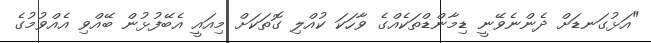
"އަޅުގަނޑަށް ދެންނެވޭނީ ޑިމާންޑްތަކެއްގެ ވާހަކަ ކުއްލި ގޮތަކަށް މިއައީ އެބޭފުޅުން ބޭއްވި އެއްވުމުގެ